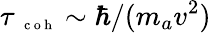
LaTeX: \tau{_{\mathrm{~\scriptsize~c~o~h~}}}\sim\hbar/(m_{a}v^{2})